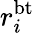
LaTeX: r_{i}^{\mathrm{bt}}